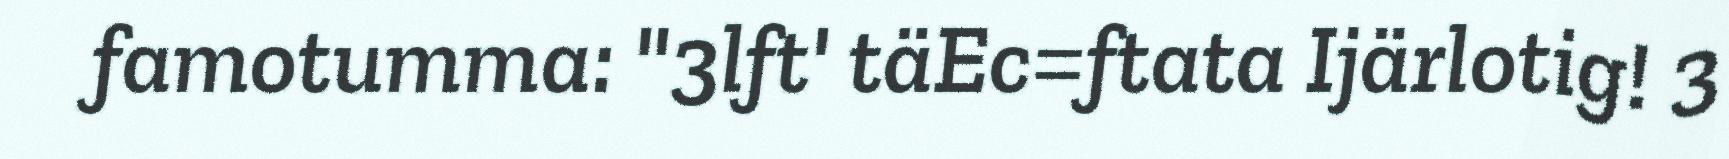
famotumma: "3lft' täEc=ftata Ijärlotig! 3